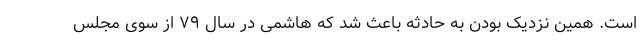
است. همین نزدیک بودن به حادثه باعث شد که هاشمی در سال ۷۹ از سوی مجلس